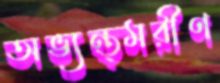
অভ্যন্ত্মরীণ